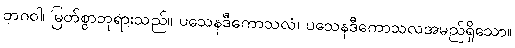
ဘဂဝါ၊ မြတ်စွာဘုရားသည်။ ပသေနဒီကောသလံ၊ ပသေနဒီကောသလအမည်ရှိသော။